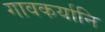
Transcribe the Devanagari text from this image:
गावकर्यानि